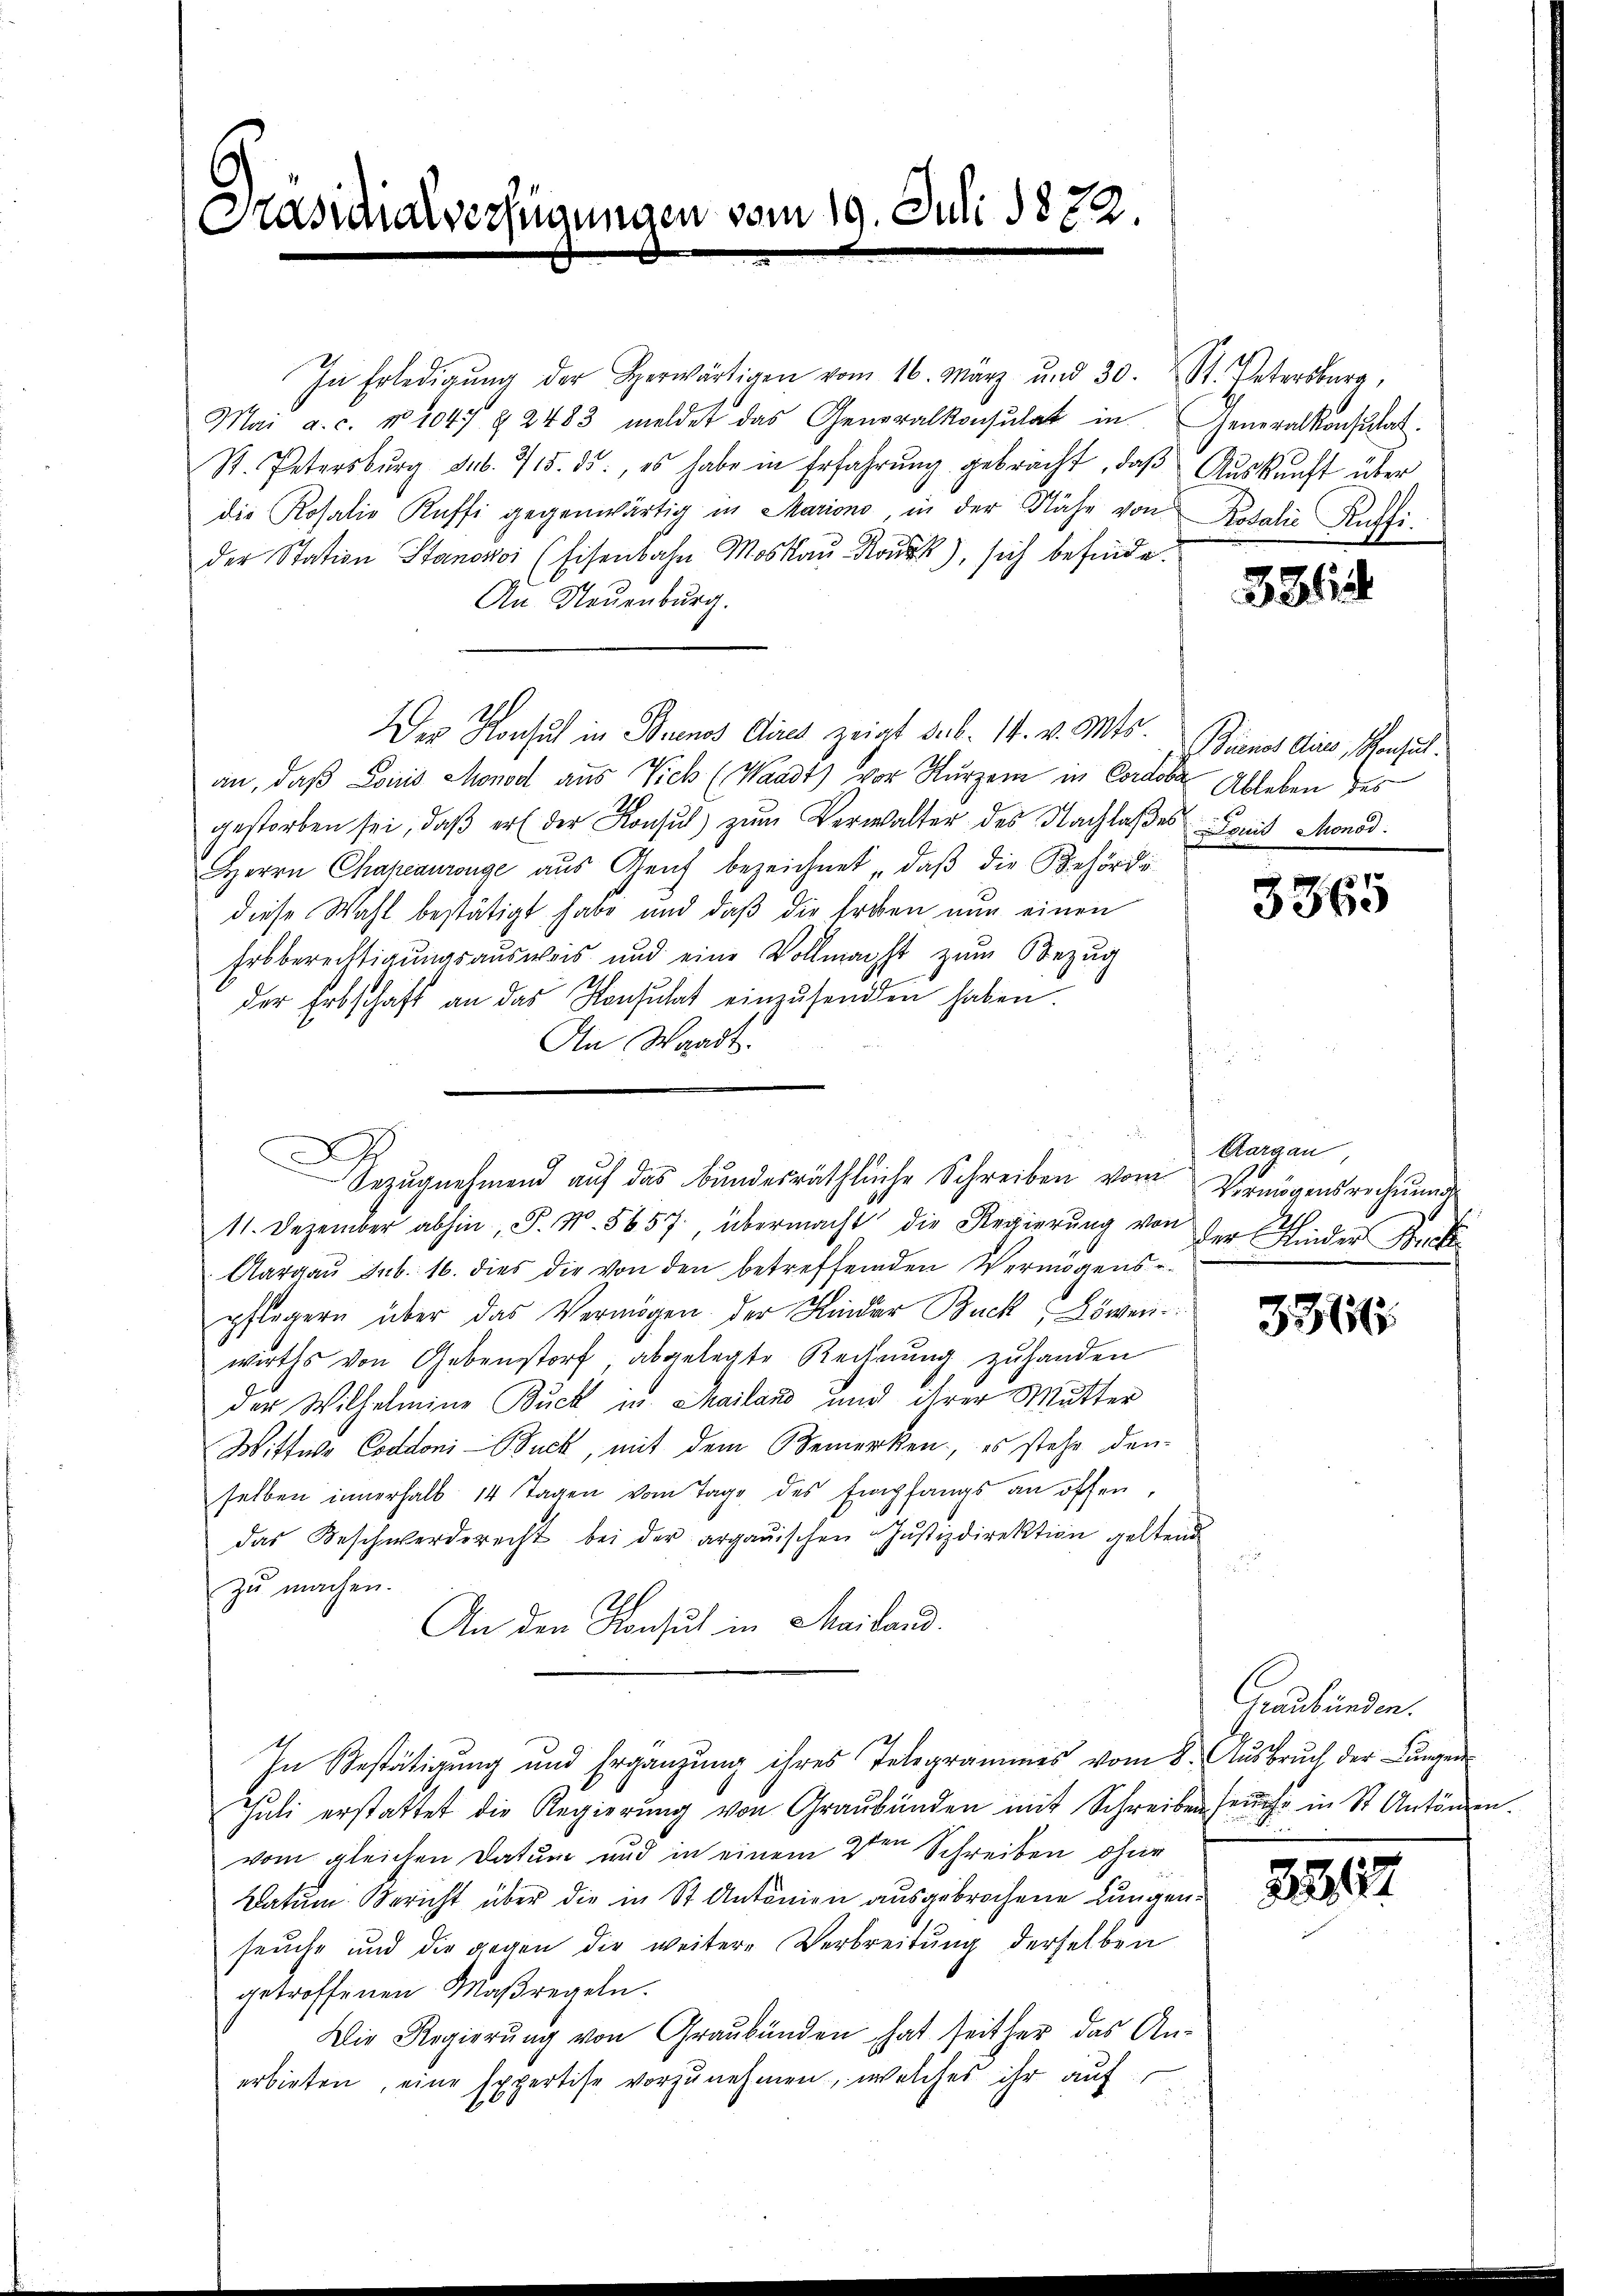
Krasschalverfügungen vom 19. Juli 1872.

Gezŭgnehmend auf das Bundesräthliche Schreiben vom Vermögensrechnung

In Erledigŭng der herwärtigen vom 16. März und 30. St. Petersburg,
Mai a. c. No 1047 § 2483 meldet das Generalkonsulat in Generalkonsulat
St. Petersburg sub. 715. ds., es habe in Erfahrŭng gebracht, daβ Aŭskŭnft über
die Rosalie Küffi gegenwärtig in Mariono, in der Nähe von
der Station Stanosoi (Eisenbahn Moskau Rok), sich befinde.
An Neuenburg.
Der Konsul in Buenos Aires zeigt dab. 14. v. Mts. Bienet dies, Konsul
an, daß Louis Monod aus Vich (Waadt) vor Kurzem in Cordober Ableben des
gestorben sei, daß er der Konsul zum Verwalter des Nachlaßes Comit Monod.
Herrn Chaheaurenge aus Genf bezeichnet, daβ die Behörde
diese Wahl bestätigt habe und daß die Erben nun einen
Erbberechtigungsausweis und eine Vollmacht zum Bezug
der Erbschaft an das Konsulat einzusenden haben.
An Waadt.
11. Dezember abhin, P. N. 5657, übermacht die Regierŭng von
Aargau sub. 16. dies die von den betreffenden Vermögens-
pflegern über das Vermögen der Kinder Buck, Löwenwirths von Gebenstorf abgelegte Rechnung zu handen
der Wilhelmine Buck in Mailand und ihrer Mutter
Wittwe Coddoni-Buck, mit dem Bemerken, es stehe den
selben innerhalb 14 Tagen vom Tage des Empfangs an öffen,
das Beschwerderecht bei der argauischen Justizdirektion geltend
zŭ machen.
An den Konsul in Mailand.
In Bestätigung und Ergänzung ihres Telegrammes vom 8. Aŭsbrŭch der Lungen
Juli erstattet die Regierung von Graubünden mit Schreiben sehe in St. Antonen.
vom gleichen Datum und in einem 2ten Schreiben ohne
Datum Bericht über die in St. Antonien ausgebrochene Lungenseuche und die gegen die weitere Verbreitung derselben
getroffenen Maßregeln.
Die Regierung von Graubünden hat seither das Anerbieten, eine Expertise vorzunehmen, welches ihr auf

Kosalie Auffi.

326

3365

Aargau
der Kinder Rech

3364

Graubünden.

32122